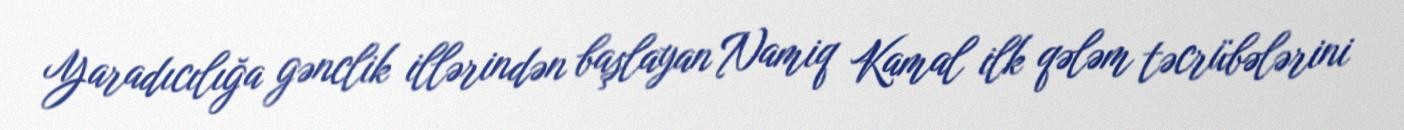
Yaradıcılığa gənclik illərindən başlayan Namiq Kamal ilk qələm təcrübələrini